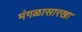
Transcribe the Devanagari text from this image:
मंगळासारखा